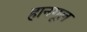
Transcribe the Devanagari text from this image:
हानगूल